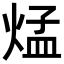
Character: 𪹁